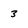
Character: 3